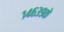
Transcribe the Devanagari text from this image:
१४६३९के